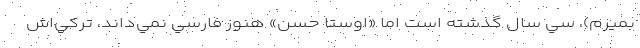
بميرم)، سي سال گذشته است اما «اوستا حسن» هنوز فارسي نمي‌داند، تركي‌اش